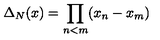
\Delta _ { N } ( x ) = \prod _ { n < m } ( x _ { n } - x _ { m } )